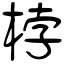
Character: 桲